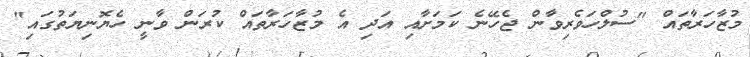
މުޒާހަރާތައް "ސުލްހަވެރިވާން ޖެހޭނެ ކަމަށާއި އަދި އެ މުޒާހަރާތައް ކުރަން ވާނީ ހެޔޮނިޔަތުގައި"